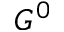
G ^ { 0 }